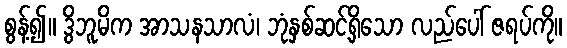
စွန့်၍။ ဒွိဘူမိက အာသနသာလံ၊ ဘုံနှစ်ဆင့်ရှိသော လည်ပေါ် ဇရပ်ကို။